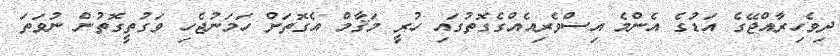
ދިވެހިރާއްޖޭގެ އަޑުގެ އެންމެ އިސްވެރިއެއްގެގޮތުގައި ހުރީ މަޤާމް އެގޮތަށް ހަމަނުޖެހި ވަގުތީގޮތުން ނުވަތަ